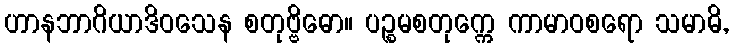
ဟာနဘာဂိယာဒိဝသေန စတုဗ္ဗိဓော။ ပဉ္စမစတုက္ကေ ကာမာဝစရော သမာဓိ,